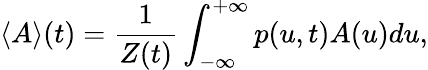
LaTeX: \langle A\rangle(t)=\frac{1}{Z(t)}\int_{-\infty}^{+\infty}p(u,t)A(u)du,